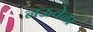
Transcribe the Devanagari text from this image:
नऊवेळा